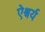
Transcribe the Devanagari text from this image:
ऐश्वर्य